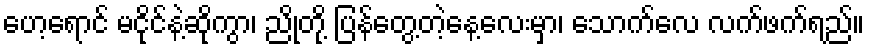
ဟေ့ရောင် မငိုင်နဲ့ဆိုကွာ၊ ညိုတို့ ပြန်တွေ့တဲ့နေ့လေးမှာ၊ သောက်လေ လက်ဖက်ရည်။